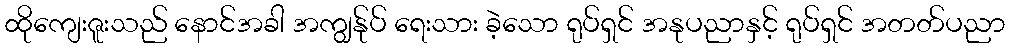
ထိုကျေးဇူးသည် နောင်အခါ အကျွန်ုပ် ရေးသား ခဲ့သော ရုပ်ရှင် အနုပညာနှင့် ရုပ်ရှင် အတတ်ပညာ